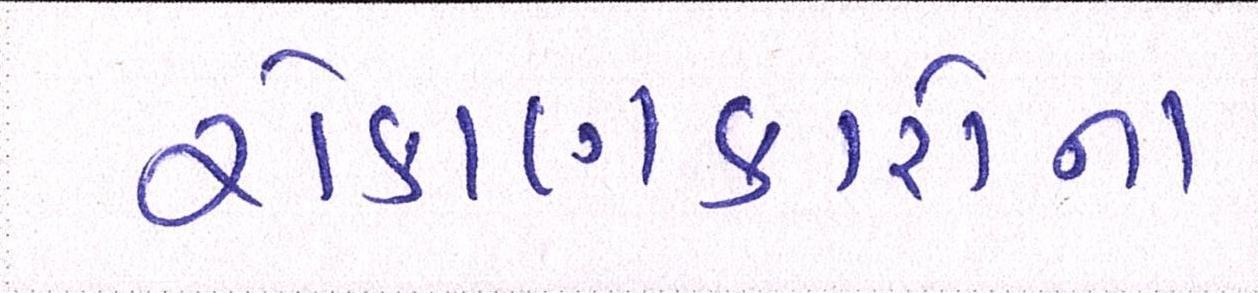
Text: રોકાણકારોના